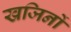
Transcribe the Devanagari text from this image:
खजिनों